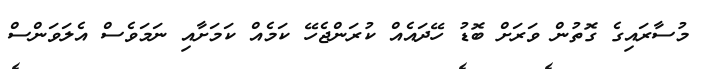
މުސާރައިގެ ގޮތުން ވަރަށް ބޮޑު ހޭދައެއް ކުރަންޖެހޭ ކަމެއް ކަމަށާއި ނަމަވެސް އެލަވަންސް